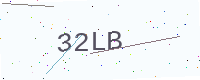
Text: 32LB